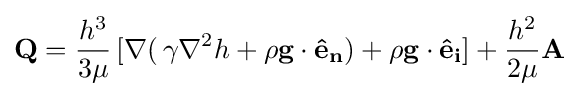
\mathbf {Q} ={\frac {h^{3}}{3\mu }}\left[\nabla \right(\gamma \nabla ^{2}h+\rho \mathbf {g} \cdot \mathbf {{\hat {e}}_{n}} )+\rho \mathbf {g} \cdot \mathbf {{\hat {e}}_{i}} ]+{\frac {h^{2}}{2\mu }}\mathbf {A}